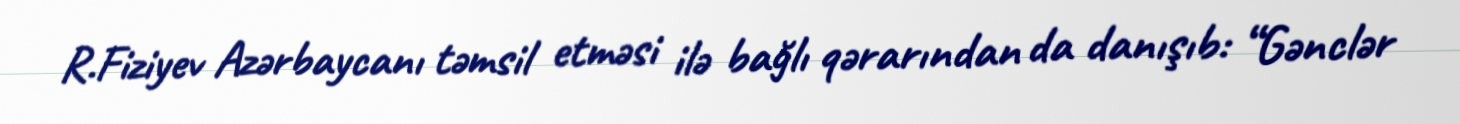
R.Fiziyev Azərbaycanı təmsil etməsi ilə bağlı qərarından da danışıb: “Gənclər